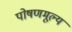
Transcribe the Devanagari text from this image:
पोषणमूल्य